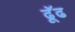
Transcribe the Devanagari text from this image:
ढूॅढ